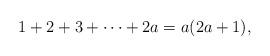
LaTeX: \begin{align*}1+2+3+\dots+2a=a(2a+1),\end{align*}